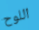
اللوح